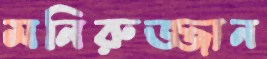
মনিরুজ্জান